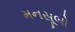
મનસૂબો